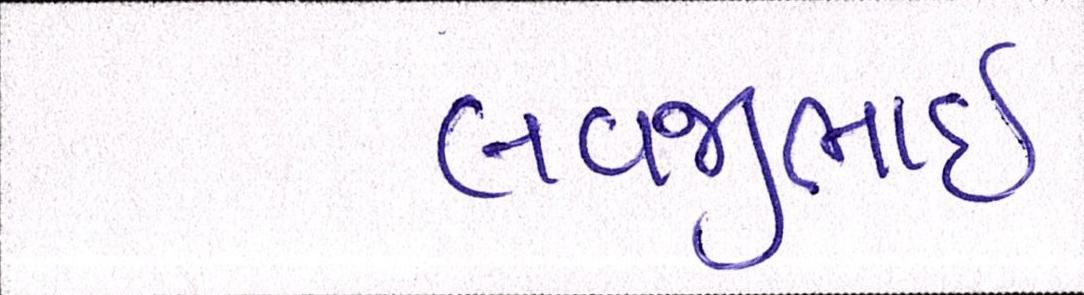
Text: લવજીભાઇ